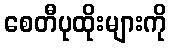
စေတီပုထိုးများကို